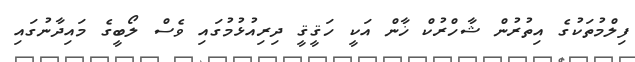
ފިލްމުތަކުގެ އިތުރުން ޝާހްރުކް ޚާން އަކީ ހަޤީޤީ ދިރިއުޅުމުގައި ވެސް ލޯބީގެ މައިދާނުގައި